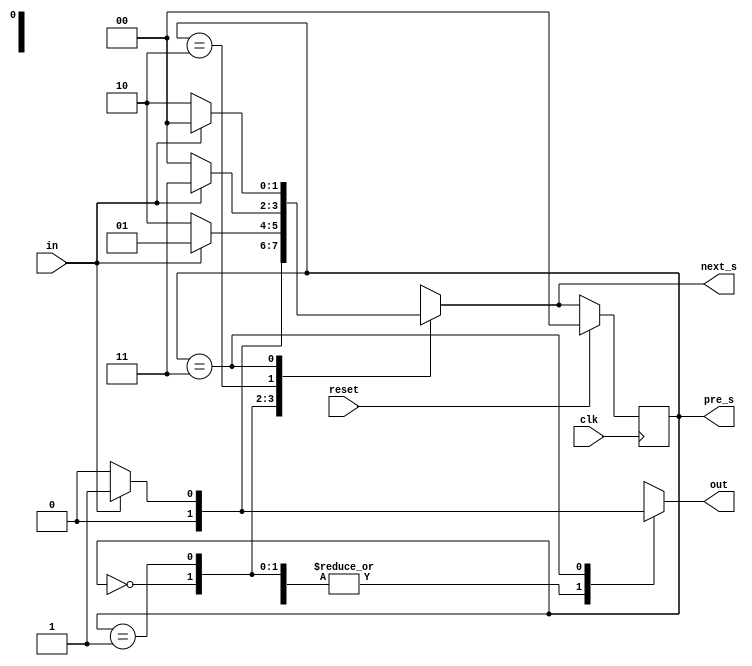
`timescale 1ns / 1ps
//////////////////////////////////////////////////////////////////////////////////
// Company: 
// Engineer: 
// 
// Design Name: 
// Module Name:    fsm1_12 
// Project Name: 
// Target Devices: 
// Tool versions: 
// Description: 
//
// Dependencies: 
//
// Revision: 
// Revision 0.01 - File Created
// Additional Comments: 
//
//////////////////////////////////////////////////////////////////////////////////
module fsm1_12(out,in,clk,reset,pre_s,next_s);
input clk,reset,in;
output reg out;
parameter s0=2'b00,s1=2'b01,s2=2'b10,s3=2'b11;
output reg [1:0]pre_s,next_s;

//reg [26:0]divider = 27'd0;
//always @(posedge clk or posedge reset)
//begin
//    if (reset)
//       divider <=27'd0;
//    else
 //      divider <= divider+27'd1;
//end

always @(posedge clk)
if (reset)
pre_s<=s0;
else
pre_s<=next_s;

always @(in,pre_s)
case(pre_s)
s0: if(in) next_s<=s1;
    else next_s<=s0;
	 
s1: if(in) next_s<=s1;
    else next_s<=s2;

s2: if(in) next_s<=s3;
    else next_s<=s0;
	 
s3: if(in) next_s<=s0;
    else next_s<=s2;

default:next_s<=s0;
endcase

always@ (in,pre_s)
case(pre_s)

s0:out<=0;
s1:out<=0;
s2:out<=0;
s3: if(in) out<=1;
    else out<=0;
default: out<=0;	 
endcase  	

endmodule